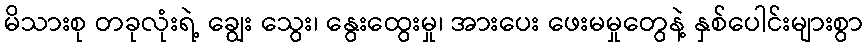
မိသားစု တခုလုံးရဲ့ ချွေး သွေး၊ နွေးထွေးမှု၊ အားပေး ဖေးမမှုတွေနဲ့ နှစ်ပေါင်းများစွာ